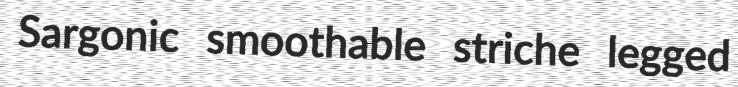
Sargonic smoothable striche legged